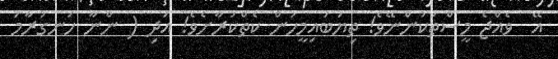
އޭ  ވެއްޖެ މީސްތަކުންނޭވެ! ތިޔަބައިމީހުން ކެތްކުރާށެވެ! އަދި ( ންނާ ހަނގުރާމަ